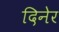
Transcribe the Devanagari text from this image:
दिनेर